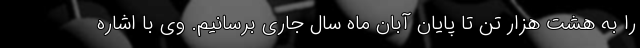
را به هشت هزار تن تا پایان آبان ماه سال جاری برسانیم. وی با اشاره